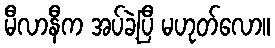
မီလာနီက အပ်ခဲ့ပြီ မဟုတ်လော။